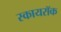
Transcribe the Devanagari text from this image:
स्कायरॉक